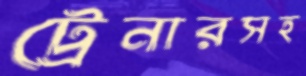
ট্রেনারসহ